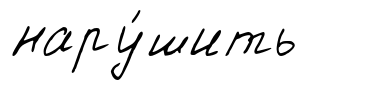
нару́шить